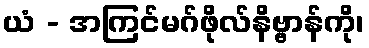
ယံ - အကြင်မဂ်ဖိုလ်နိဗ္ဗာန်ကို၊